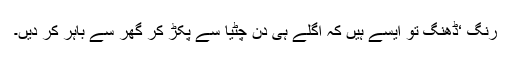
رنگ ‘ڈھنگ تو ایسے ہیں کہ اگلے ہی دن چٹیا سے پکڑ کر گھر سے باہر کر دیں۔